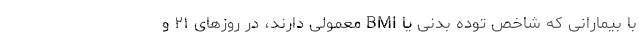
با بیمارانی که شاخص توده بدنی یا BMI معمولی دارند، در روزهای ۲۱ و